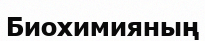
Биохимияның